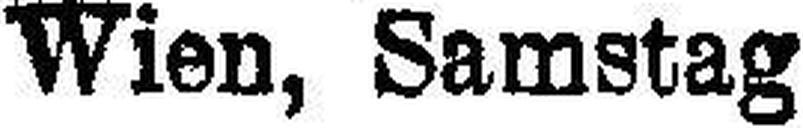
Wien, Samstag